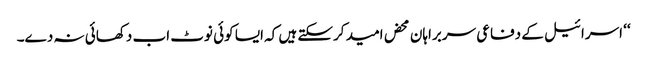
‘‘ اسرائیل کے دفاعی سربراہان محض امید کرسکتے ہیں کہ ایسا کوئی نوٹ اب دکھائی نہ دے۔